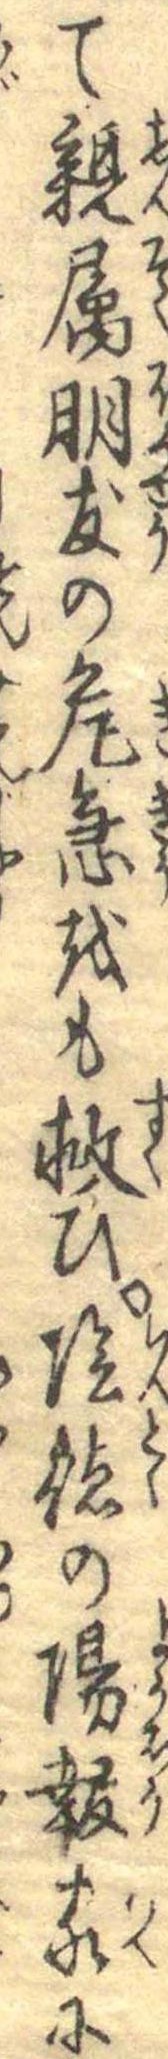
て親属朋友の危急をも救ひ陰徳の陽報家に